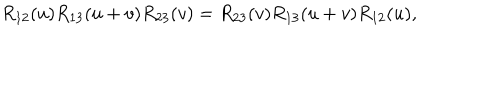
LaTeX: R _ { 1 2 } ( u ) R _ { 1 3 } ( u + v ) R _ { 2 3 } ( v ) = R _ { 2 3 } ( v ) R _ { 1 3 } ( u + v ) R _ { 1 2 } ( u ) ,